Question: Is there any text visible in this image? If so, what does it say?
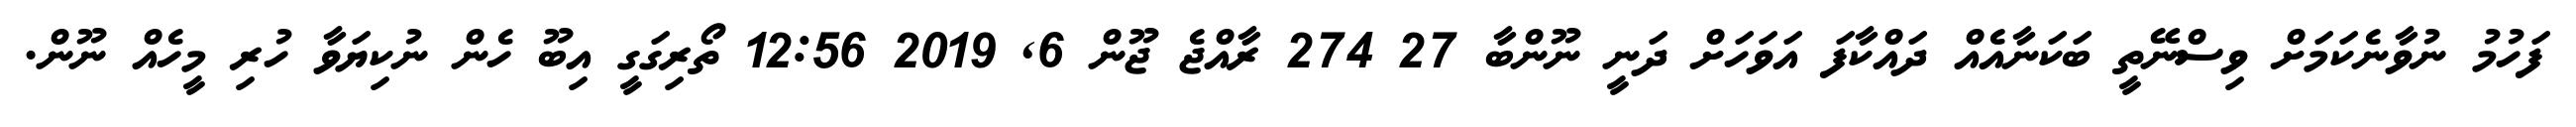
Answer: ފަހުމު ނުވާނެކަމަށް ވިސްނޭތީ ބަކަނާއެއް ދައްކާފަ އަވަހަށް ދަނީ ނޫންބާ 27 274 ރާއްޖެ ޖޫން 6, 2019 12:56 ތޯރިގަގީ އިބޫ ހެން ނުކިޔަވާ ހުރި މީހެއް ނޫން.